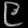
Digit: ၉